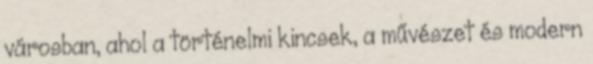
városban, ahol a történelmi kincsek, a művészet és modern